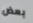
بعض